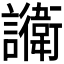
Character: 𬣔